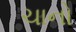
ચાનો